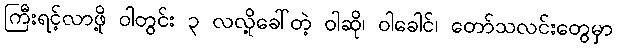
ကြီးရင့်လာဖို့ ဝါတွင်း ၃ လလို့ခေါ်တဲ့ ဝါဆို၊ ဝါခေါင်၊ တော်သလင်းတွေမှာ